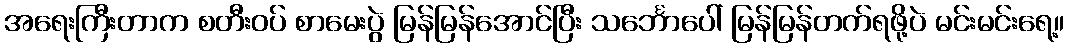
အရေးကြီးတာက စတီးဝပ် စာမေးပွဲ မြန်မြန်အောင်ပြီး သင်္ဘောပေါ် မြန်မြန်တက်ရဖို့ပဲ မင်းမင်းရေ့။